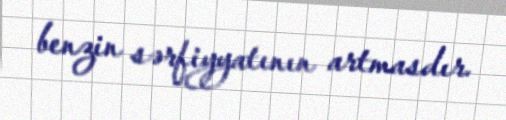
benzin sərfiyyatının artmasdır.